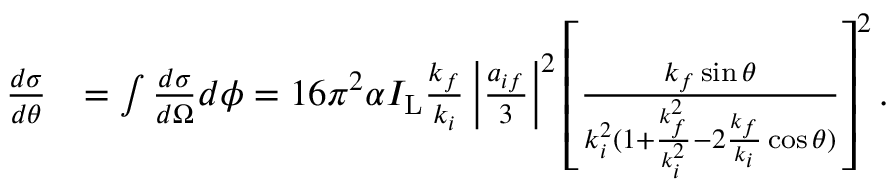
\begin{array} { r l } { \frac { d \sigma } { d \theta } } & { = \int \frac { d \sigma } { d \Omega } d \phi = 1 6 \pi ^ { 2 } \alpha I _ { \mathrm { L } } \frac { k _ { f } } { k _ { i } } \left\vert \frac { a _ { i f } } { 3 } \right\vert ^ { 2 } \left[ \frac { k _ { f } \sin \theta } { k _ { i } ^ { 2 } ( 1 + \frac { k _ { f } ^ { 2 } } { k _ { i } ^ { 2 } } - 2 \frac { k _ { f } } { k _ { i } } \cos \theta ) } \right] ^ { 2 } . } \end{array}